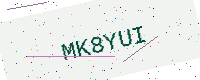
Text: MK8YUI